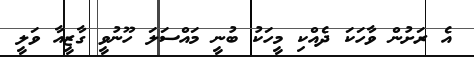
އެ ރަށުން ވާހަކަ ދެއްކި މީހަކު ބުނީ މައްސަލަ ހޫނުވީ ގާޒީއާ ވަލީ